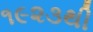
૧૯૨૩થી